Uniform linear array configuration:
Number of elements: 16
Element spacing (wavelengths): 0.75
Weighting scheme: kaiser
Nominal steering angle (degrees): -60
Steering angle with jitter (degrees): -58.223
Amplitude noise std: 0.05
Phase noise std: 0.05

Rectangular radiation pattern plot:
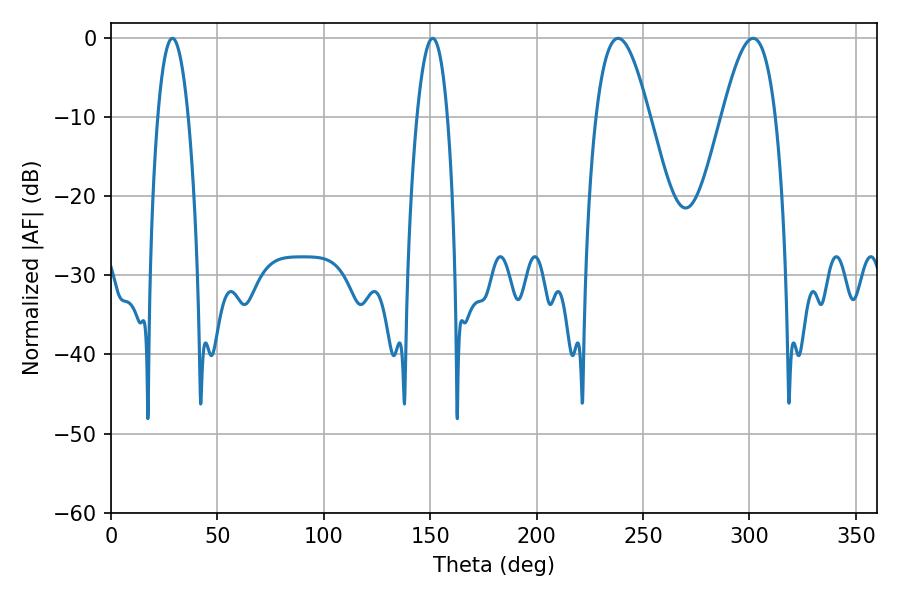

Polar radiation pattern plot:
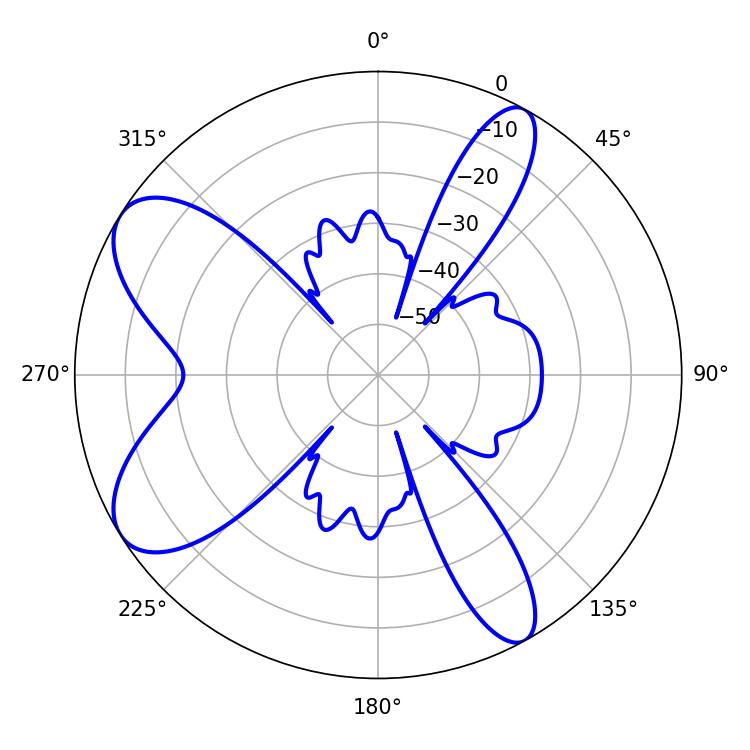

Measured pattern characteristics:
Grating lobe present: TRUE
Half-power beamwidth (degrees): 13.5
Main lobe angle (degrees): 238.32